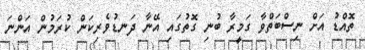
ތޮއްޑު އަށް ނިސްބަތްވާ ގަމީރާ ބުނި ގޮތުގައި އޭނާ ދަނޑުވެރިކަން ކުރަމުން އަންނަ